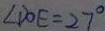
\angle D O E = 2 7 ^ { \circ }